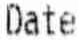
DATE